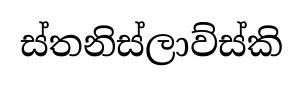
ස්තනිස්ලාව්ස්කි